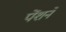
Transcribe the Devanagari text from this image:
पेंशने